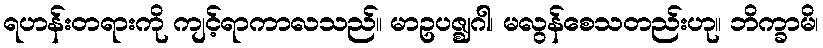
ရဟန်းတရားကို ကျင့်ရာကာလသည်။ မာဥပဇ္ဈဂါ၊ မလွန်စေသတည်းဟု။ ဘိက္ခာမိ၊